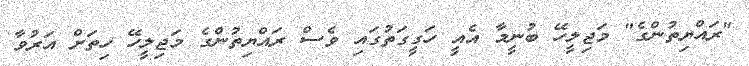
"ރައްޔިތުންގެ" މަޖިލީހޭ ބުނީމާ އެއީ ހަގީގަތުގައި ވެސް ރައްޔިތުންގެ މަޖިލީހޭ ހިތަށް އަރުވާ